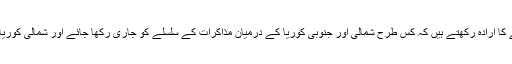
انھوں نے مزید کہا تھا کہ وہ تفصیل سے ان امور پر بات کرنے کا ارادہ رکھتے ہیں کہ کس طرح شمالی اور جنوبی کوریا کے درمیان مذاکرات کے سلسلے کو جاری رکھا جائے اور شمالی کوریا اور امریکہ کے درمیان مذاکرات کو بھی ممکن بنایا جا سکے۔